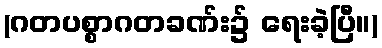
(ဂတပစ္စာဂတခဏ်း၌ ရေးခဲ့ပြီ။)